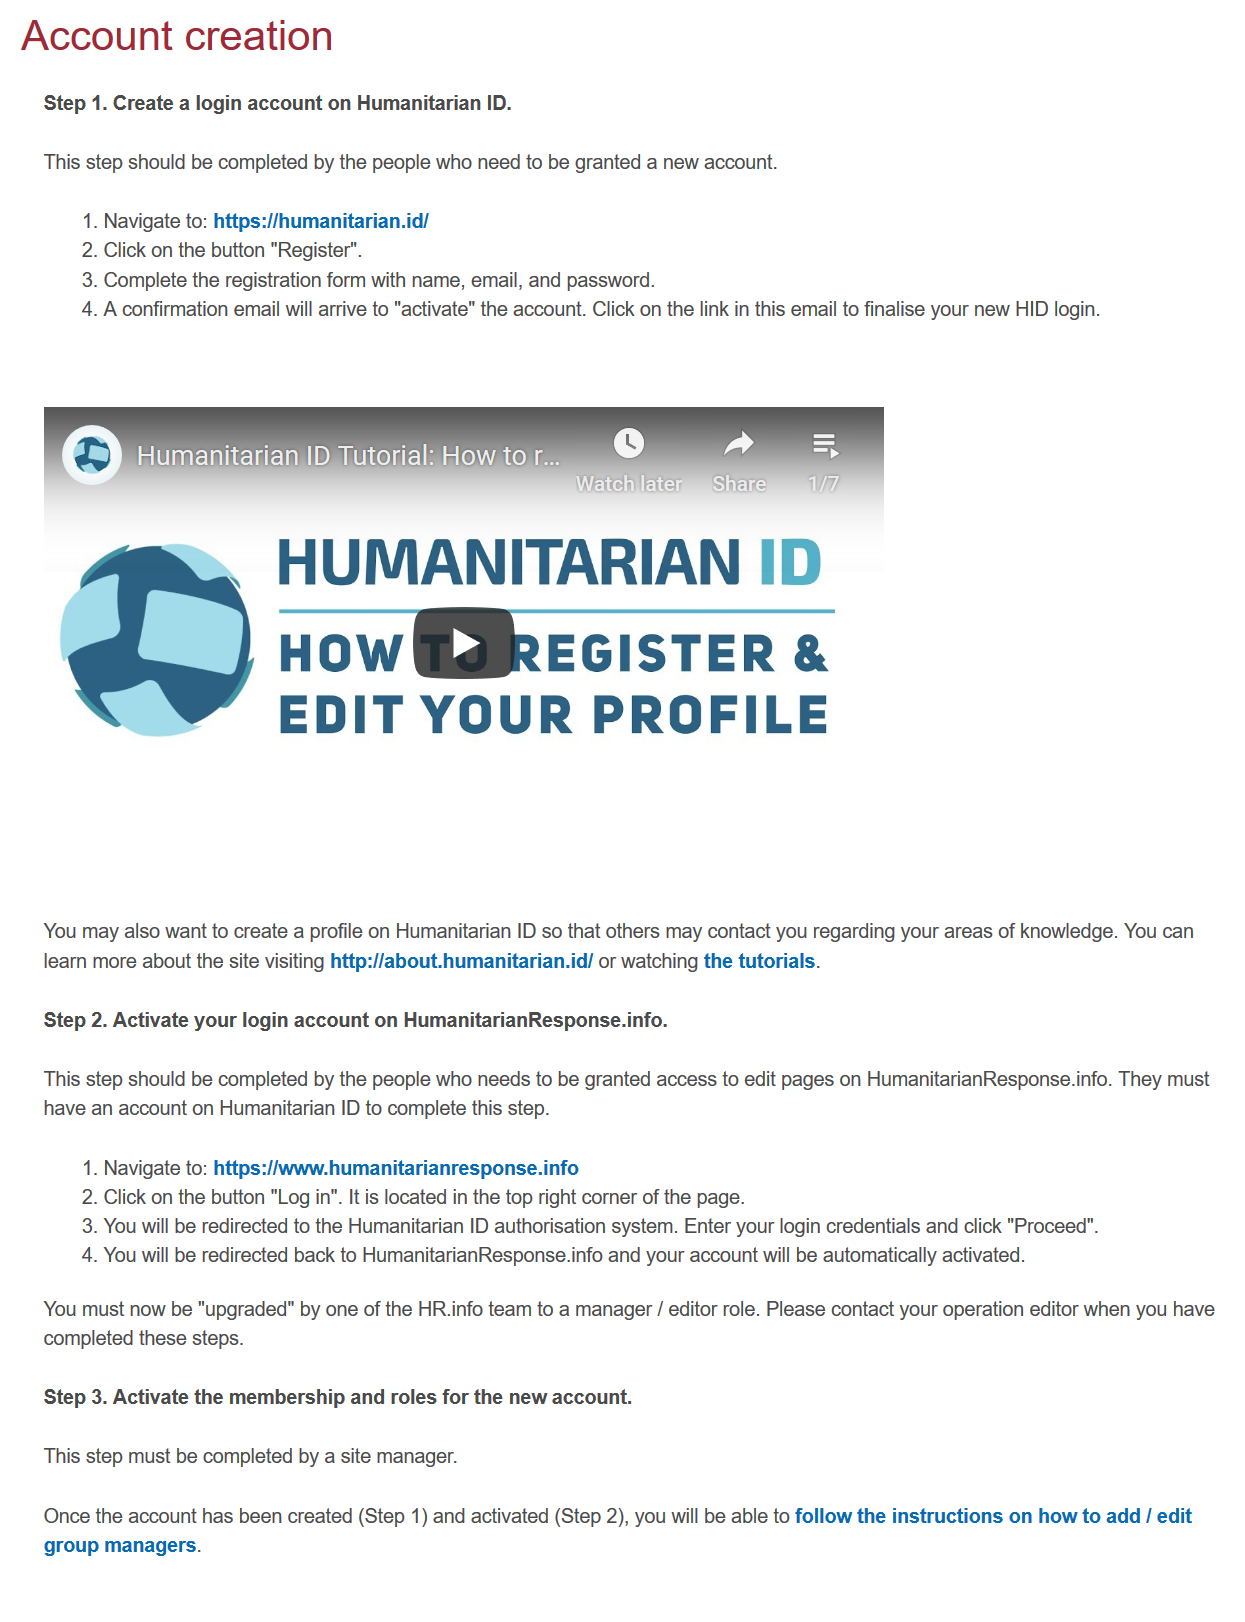
Account    creation
     Step 1. Create a login account on Humanitarian ID.
    This step should be completed by the people who need to be granted a new account.
     Humanitarian    ID Tutorial: How,to.r....
     Watchilater  Share
    You may also want to create a profile on Humanitarian ID so that others may contact you regarding your areas of knowledge. You can
     learn more about the site visiting http://about.humanitarian.id/ or watching the tutorials.
     Step 2. Activate your login account on HumanitarianResponse.info.
    This step should be completed by the people who needs to be granted access to edit pages on HumanitarianResponse.info. They must
     have an account on Humanitarian ID to complete this step.
     1. Navigate to: https://www.humanitarianresponse.info
     2. Click on the button "Log in”. It is located in the top right corner of the page.
     3. You will be redirected to the Humanitarian ID authorisation system. Enter your login credentials and click "Proceed".
     4. You will be redirected back to HumanitarianResponse.info and your account will be automatically activated.
    You must now be "upgraded" by one of the HR.info team to a manager / editor role. Please contact your operation editor when you have
     completed these steps.
     Step 3. Activate the membership and roles for the new account.
    This step must be completed by a site manager.
     Once the account has been created (Step 1) and activated (Step 2), you will be able to follow the instructions on how to add
    /
     edit
     group managers.
     1. Navigate to: https://humanitarian.id/
     2. Click on the button "Register".
     3. Complete the registration form with name, email, and password.
     4. A confirmation email will arrive to "activate" the account. Click on the link in this email to finalise your new HID login.